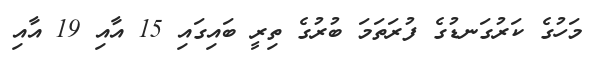
މަހުގެ ކަރުގަނޑުގެ ފުރަތަމަ ބުރުގެ ތިރީ ބައިގައި 15 އާއި 19 އާއި